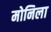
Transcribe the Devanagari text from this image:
मोनिला